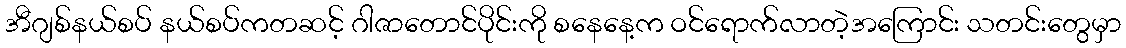
အီဂျစ်နယ်စပ် နယ်စပ်ကတဆင့် ဂါဇာတောင်ပိုင်းကို စနေနေ့က ဝင်ရောက်လာတဲ့အကြောင်း သတင်းတွေမှာ